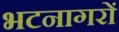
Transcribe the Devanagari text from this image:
भटनागरों